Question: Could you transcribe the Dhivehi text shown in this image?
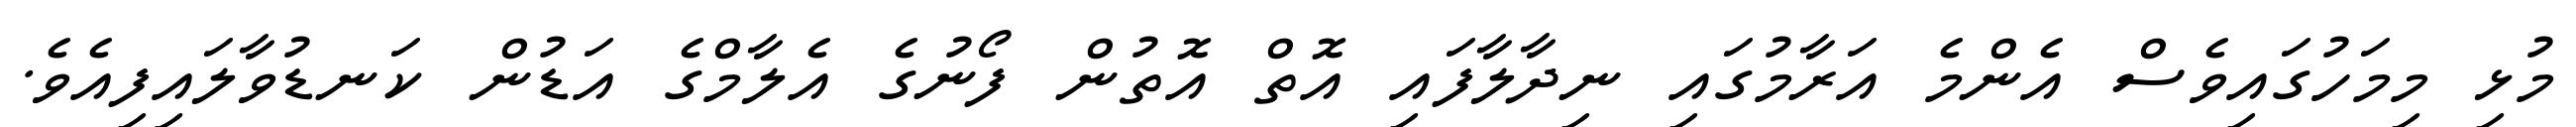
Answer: މުޅި މިމަހުގައިވެސް އެންމެ އަރާމުގައި ނިދާލާފައި އޮތް އޮތުން ފޯނުގެ އެލާމްގެ އަޑުން ކަނޑުވާލައިފިއެވެ.